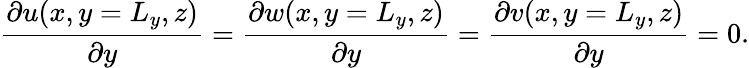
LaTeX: \frac{\partial u(x,y=L_{y},z)}{\partial y}=\frac{\partial w(x,y=L_{y},z)}{\partial y}=\frac{\partial v(x,y=L_{y},z)}{\partial y}=0.